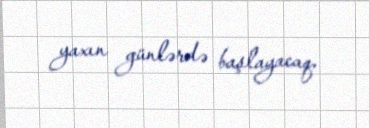
yaxın günlərdə başlayacaq.